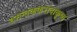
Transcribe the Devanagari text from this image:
तमन्तककरादाकृष्य